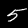
Label: 5